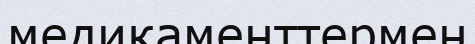
медикаменттермен